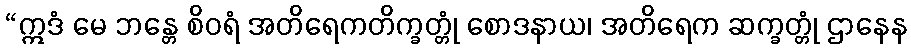
“ဣဒံ မေ ဘန္တေ စိဝရံ အတိရေကတိက္ခတ္တုံ စောဒနာယ၊ အတိရေက ဆက္ခတ္တုံ ဌာနေန